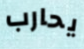
يحارب